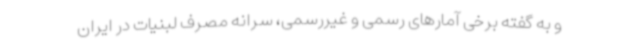
و به گفته برخی آمارهای رسمی و غیررسمی، سرانه مصرف لبنیات در ایران